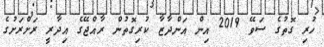
ހުރި ގޮތުގެ ސަވޭ 2019 އިން އަންދާޒާ ކުރިގޮތުން ރާއްޖޭގެ އިދާރީ ރަށްރަށުގެ